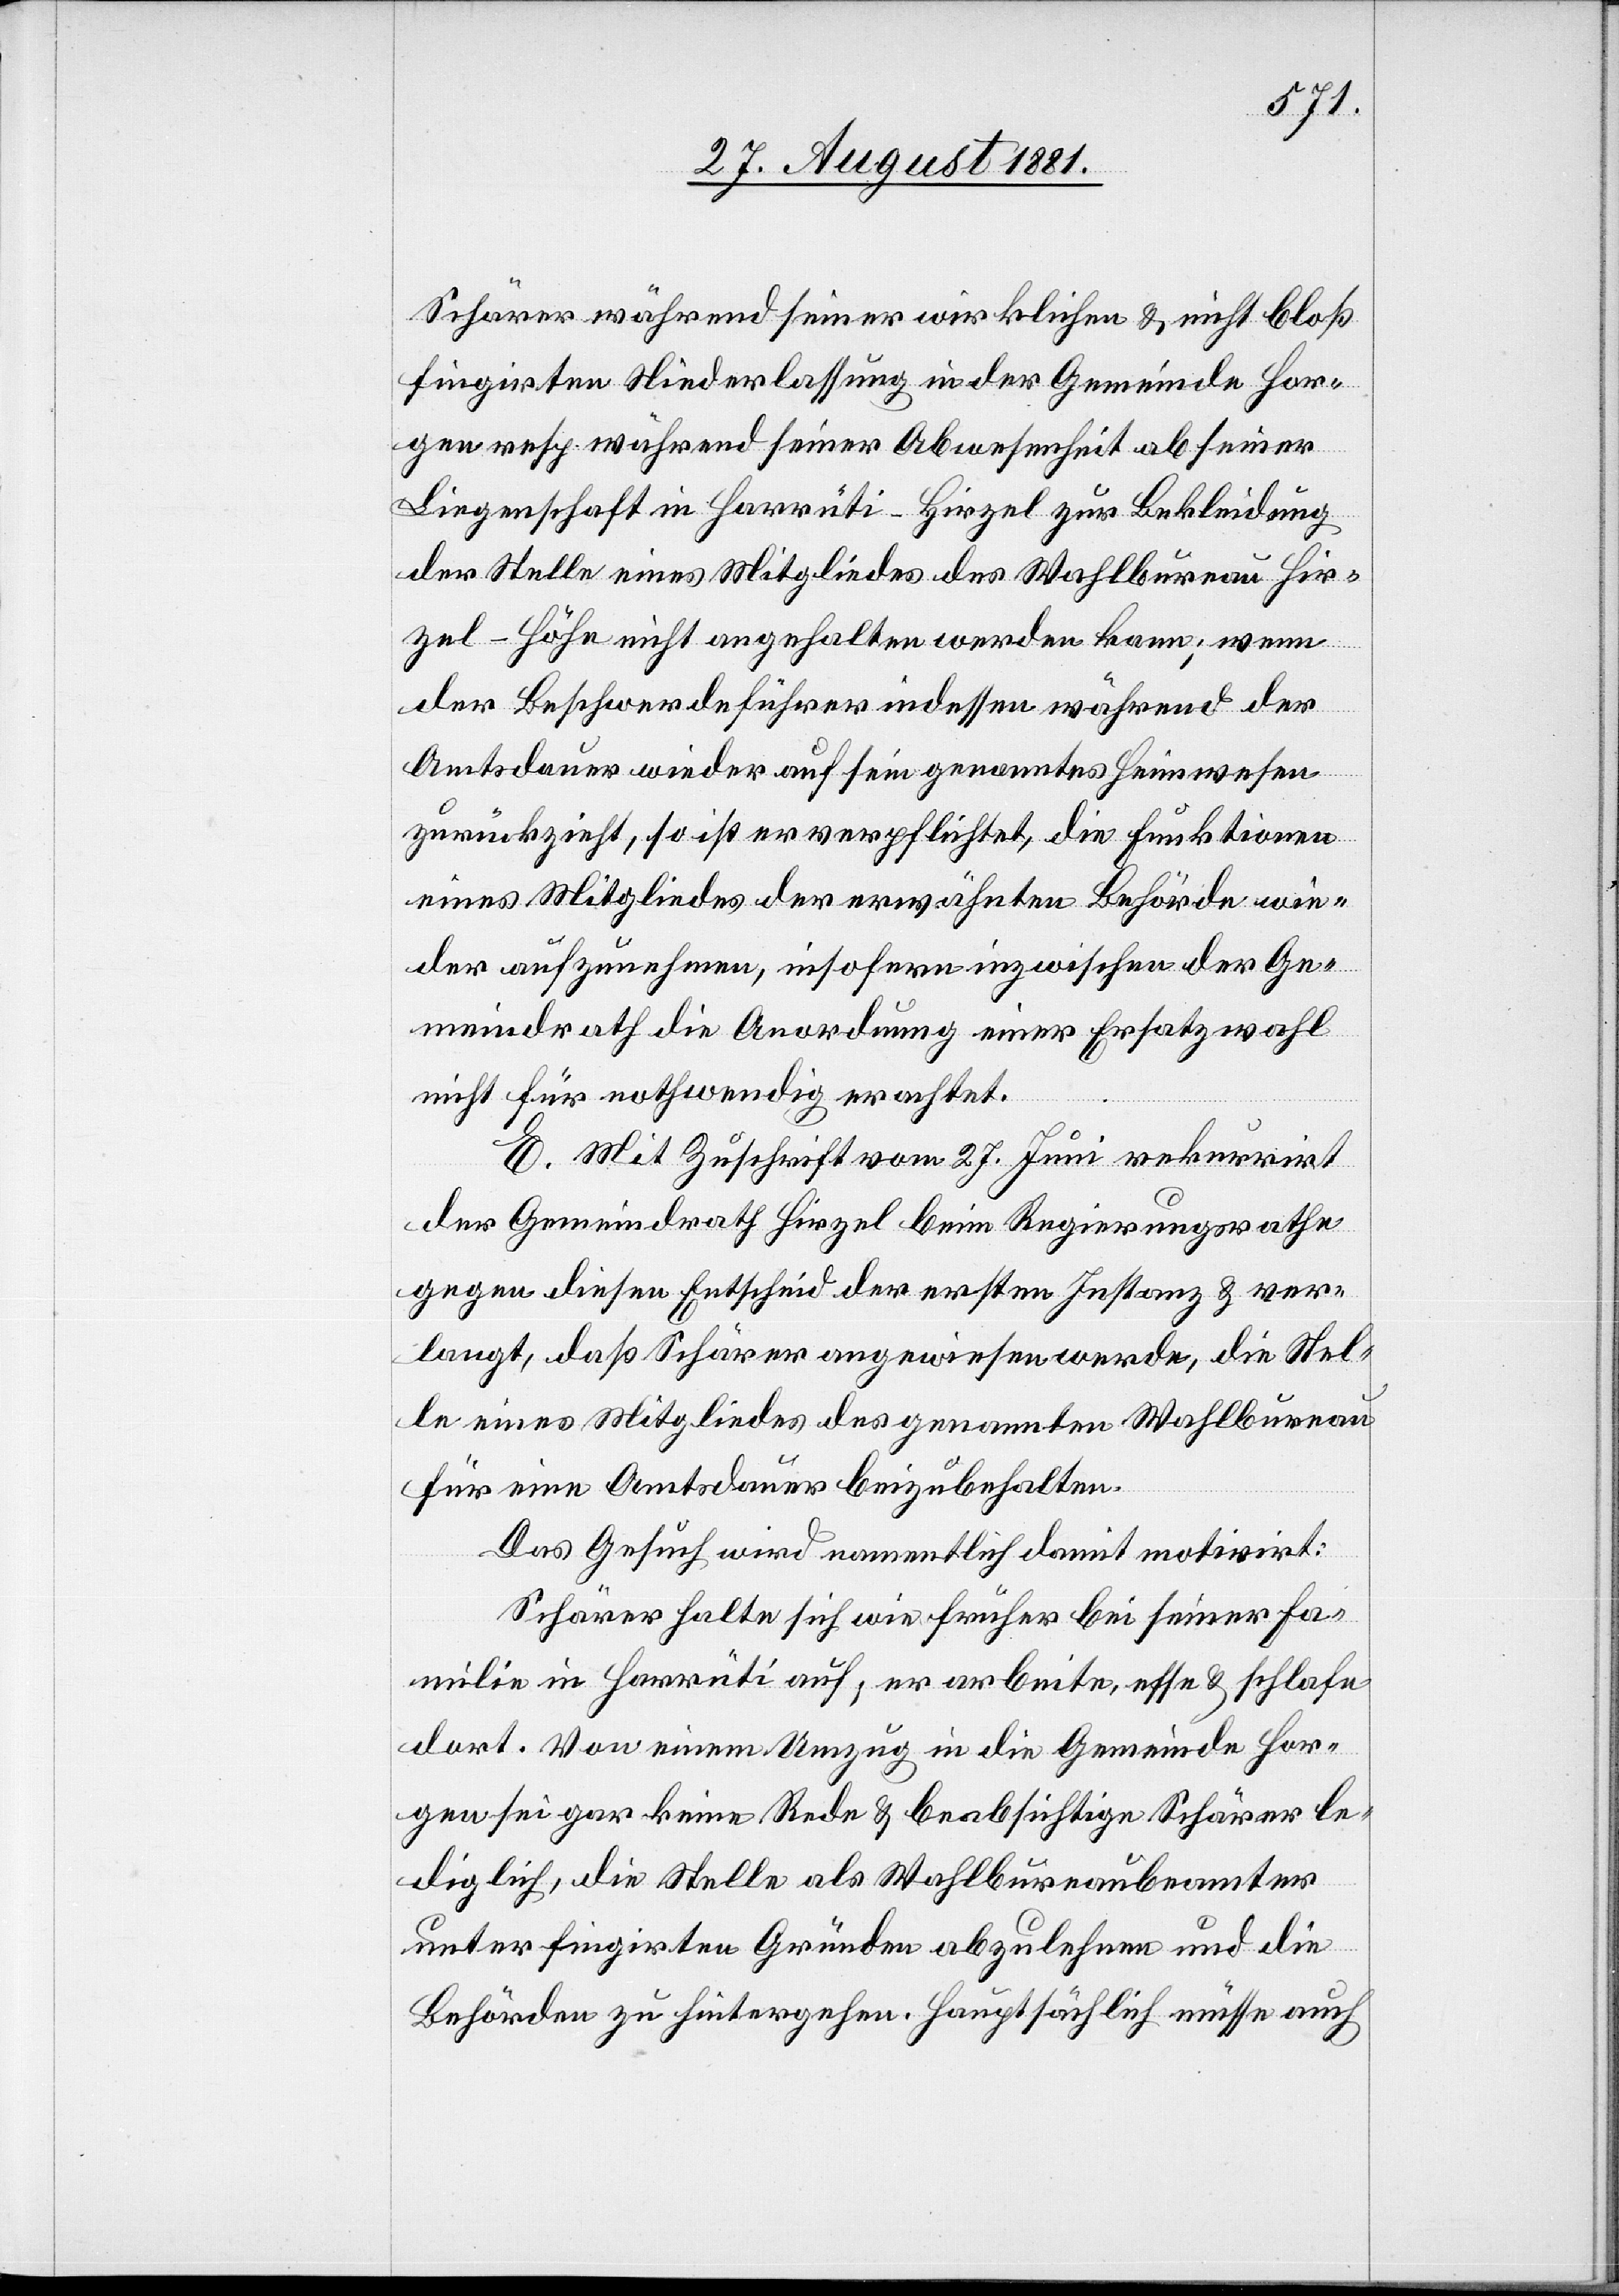
Schärer während seiner wirklichen & nicht bloß
fingirten Niederlassung in der Gemeinde Hor¬
gen resp. während seiner Abwesenheit ab seiner
Liegenschaft in Harrüti - Hizel zur Bekleidung
der Stelle eines Mitgliedes des Wahlbureaus Hir¬
zel-Höhe nicht angehalten werden kann; wenn
der Beschwerdeführer indessen während der
Amtsdauer wieder auf sein genanntes Heimwesen
zurückzieht, so ist er verpflichtet, die Funktionen
eines Mitgliedes der erwähnten Behörde wie¬
der aufzunehmen, insofern inzwischen der Ge¬
meindrath die Anordnung einer Ersatzwahl
nicht für nothwendig erachtet.
E. Mit Zuschrift vom 27. Juni rekurrirt
der Gemeindrath Hirzel beim Regierungsrathe
gegen diesen Entscheid der ersten Instanz & ver¬
langt, daß Schärer angewiesen werde, die Stel¬
le eines Mitgliedes des genannten Wahlbureau
für eine Amtsdauer beizubehalten.
Das Gesuch wird namentlich damit motivirt:
Schärer halte sich wie früher bei seiner Fa¬
milie in Harrüti auf, er arbeite, esse & schlafe
dort. Von einem Umzug in die Gemeinde Hor¬
gen sei gar keine Rede & beabsichtige Schärer le¬
diglich, die Stelle als Wahlbureaubeamter
unter fingirten Gründen abzulehnen und die
Behörden zu hintergehen. Hauptsächlich müsse auch